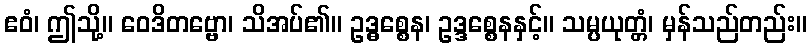
ဧဝံ၊ ဤသို့။ ဝေဒိတဗ္ဗော၊ သိအပ်၏။ ဥဒ္ဓစ္စေန၊ ဥဒ္ဒစ္စေနနှင့်။ သမ္ပယုတ္တံ၊ မှန်သည်တည်း။